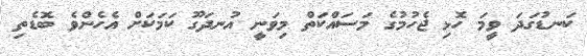
ކަނޑުގަދަ ވީމަ ހޮޅި ޖެހުމުގެ މަސައްކަތް މިވަނީ އުނދަގޫ ކަމަކަށް އެހެންވެ ބޮޑެތި